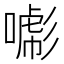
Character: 𢒯